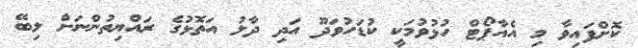
ކޮށްފައިވާ މި އެއާޕޯޓް ހުޅުވުމަކީ ކުޑަހުވަދޫ އަދި ދާލު އަތޮޅުގެ ރައްޔިތުންނަށް ލިބޭ